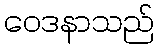
ဝေဒနာသည်